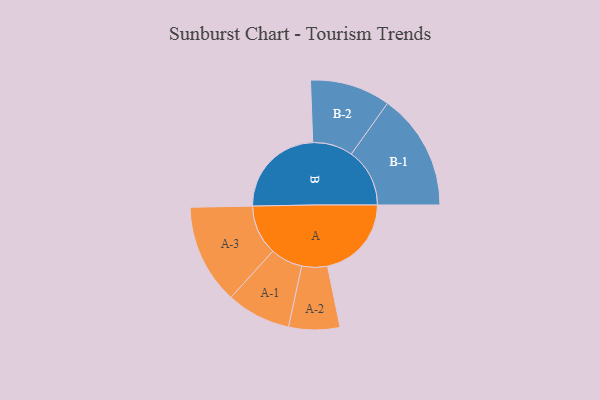
{"axis": {"x": "Segment", "y": "Value"}, "legend": ["", "A", "B"], "data": [{"x": "A", "y": 378, "type": ""}, {"x": "B", "y": 429, "type": ""}, {"x": "A-1", "y": 145, "type": "A"}, {"x": "A-2", "y": 115, "type": "A"}, {"x": "A-3", "y": 225, "type": "A"}, {"x": "B-1", "y": 263, "type": "B"}, {"x": "B-2", "y": 181, "type": "B"}]}